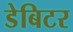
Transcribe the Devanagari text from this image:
डेबिटर